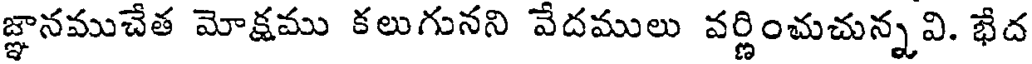
జ్ఞానముచేత మోక్షము కలుగునని వేదములు వర్ణించుచున్నవి. భేద